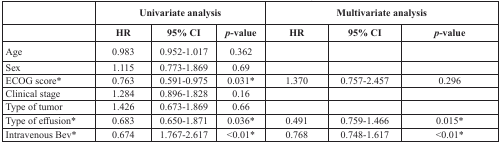
<table><thead><tr><td></td><td colspan="3"><b>Univariate analysis</b></td><td colspan="3"><b>Multivariate analysis</b></td></tr><tr><td></td><td><b>HR</b></td><td><b>95% CI</b></td><td><b><i>p</i>-value</b></td><td><b>HR</b></td><td><b>95% CI</b></td><td><b><i>p</i>-value</b></td></tr></thead><tbody><tr><td>Age</td><td>0.983</td><td>0.952-1.017</td><td>0.362</td><td></td><td></td><td></td></tr><tr><td>Sex</td><td>1.115</td><td>0.773-1.869</td><td>0.69</td><td></td><td></td><td></td></tr><tr><td>ECOG score*</td><td>0.763</td><td>0.591-0.975</td><td>0.031*</td><td>1.370</td><td>0.757-2.457</td><td>0.296</td></tr><tr><td>Clinical stage</td><td>1.284</td><td>0.896-1.828</td><td>0.16</td><td></td><td></td><td></td></tr><tr><td>Type of tumor</td><td>1.426</td><td>0.673-1.869</td><td>0.66</td><td></td><td></td><td></td></tr><tr><td>Type of effusion*</td><td>0.683</td><td>0.650-1.871</td><td>0.036*</td><td>0.491</td><td>0.759-1.466</td><td>0.015*</td></tr><tr><td>Intravenous Bev*</td><td>0.674</td><td>1.767-2.617</td><td>&lt;0.01*</td><td>0.768</td><td>0.748-1.617</td><td>&lt;0.01*</td></tr></tbody></table>